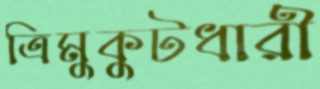
ত্রিমুকুটধারী